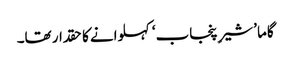
گاما ’شیرِ پنجاب‘ کہلوانے کا حقدار تھا۔